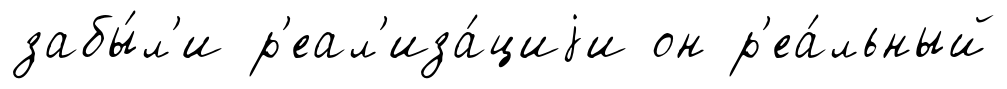
забы́л'и р'еал'иза́циjи он р'еа́льный